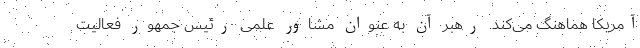
آمریکا هماهنگ می‌کند. رهبر آن به عنوان مشاور علمی رئیس جمهور فعالیت